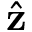
\hat { \mathbf { z } }